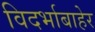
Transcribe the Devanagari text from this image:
विदर्भाबाहेर